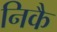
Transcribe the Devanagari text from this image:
निकै